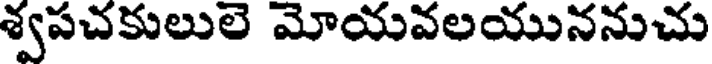
శ్వపచకులులె మోయవలయుననుచు